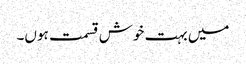
میں بہت خوش قسمت ہوں۔